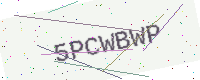
Text: 5PCWBWP